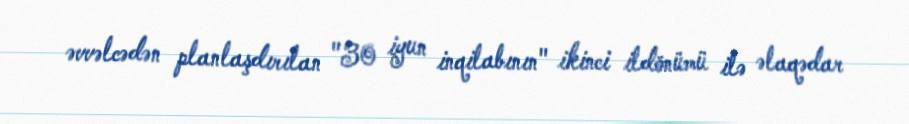
əvvəlcədən planlaşdırılan "30 iyun inqilabının" ikinci ildönümü ilə əlaqədar